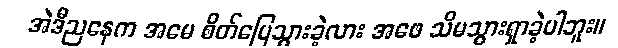
အဲဒီညနေက အမေ စိတ်ပြေသွားခဲ့လား အဖေ သိမသွားရှာခဲ့ပါဘူး။